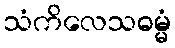
သံကိလေသဓမ္မံ